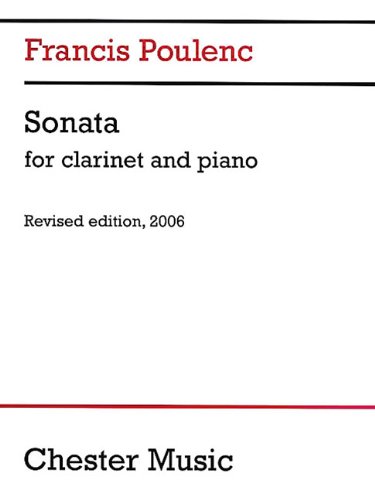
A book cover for Sonata for Clarinet and Piano: Revised Edition, 2006; Humor & Entertainment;